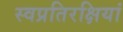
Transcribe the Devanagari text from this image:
स्वप्रतिरक्षियां